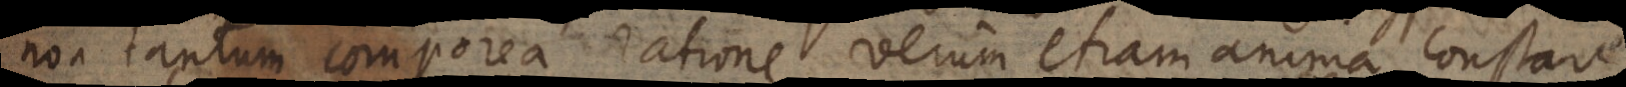
non tantum [corporea] ratione verum etiam anima constar